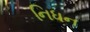
નિધન